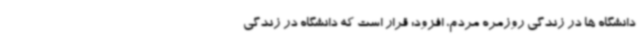
دانشگاه ها در زندگی روزمره مردم، افزود: قرار است که دانشگاه در زندگی